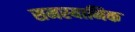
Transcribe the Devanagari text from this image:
समस्यानिक